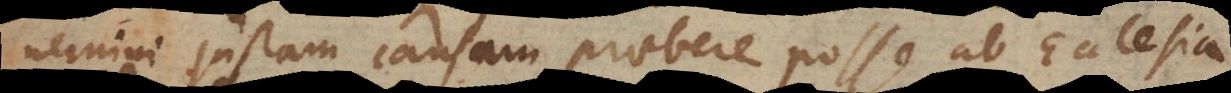
nemini justam causam praebere posse ab Ecclesia